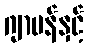
ဂျာမန်နှင့်